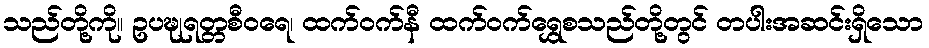
သည်တို့ကို။ ဥပဍ္ဎုရတ္တစီဝရေ၊ ထက်ဝက်နီ ထက်ဝက်ရွှေစသည်တို့တွင် တပါးအဆင်းရှိသော